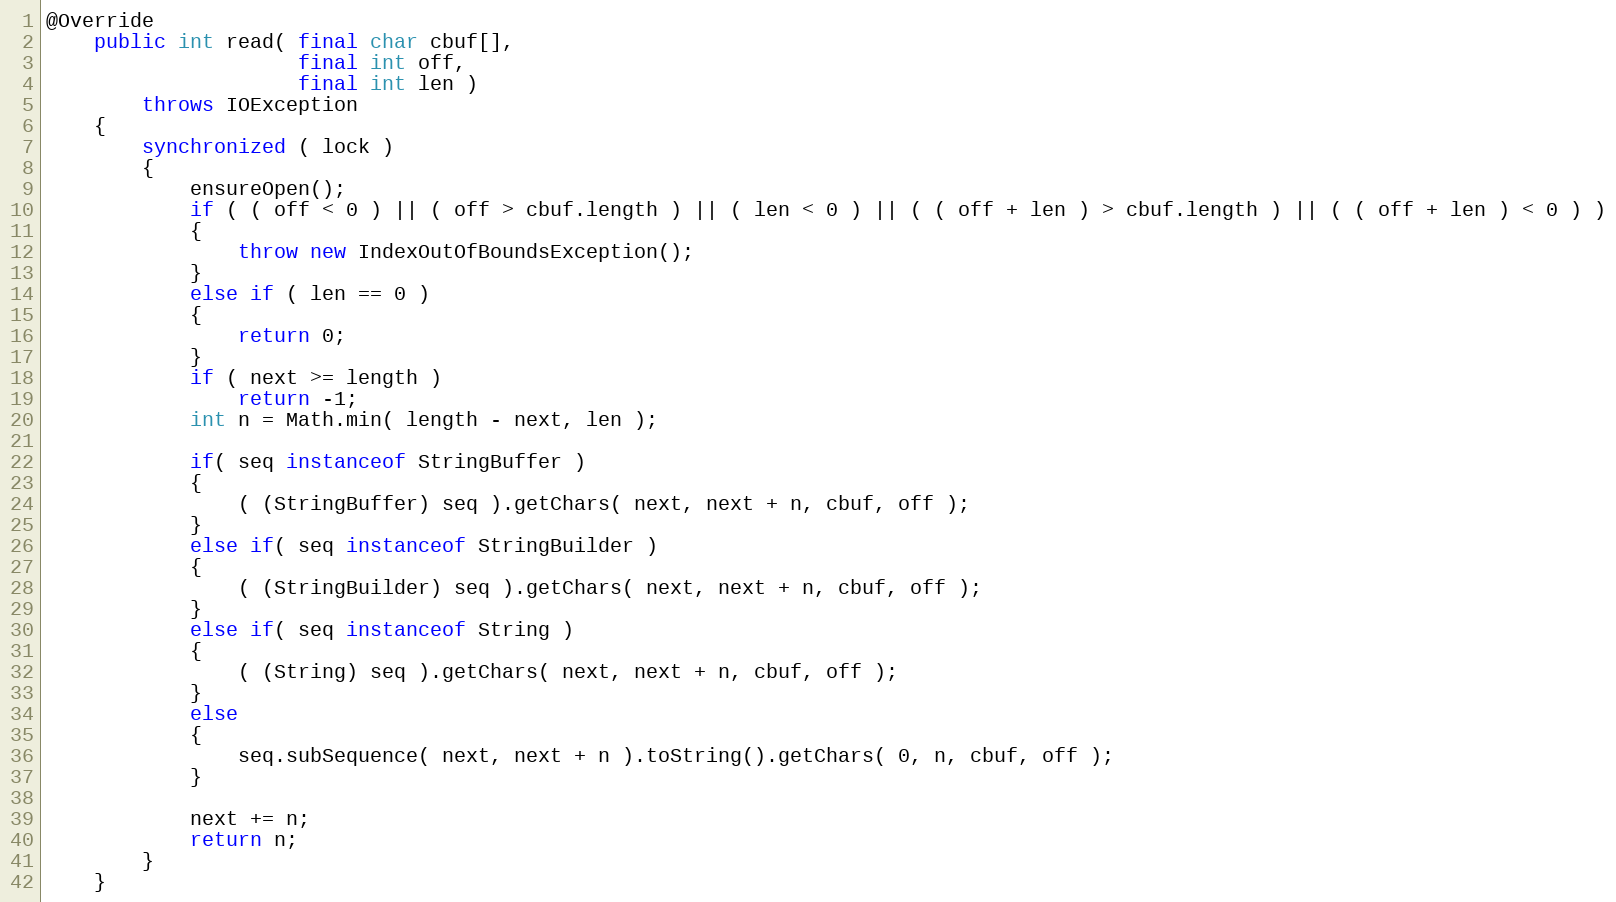
Language: Java
@Override
    public int read( final char cbuf[],
                     final int off,
                     final int len )
        throws IOException
    {
        synchronized ( lock )
        {
            ensureOpen();
            if ( ( off < 0 ) || ( off > cbuf.length ) || ( len < 0 ) || ( ( off + len ) > cbuf.length ) || ( ( off + len ) < 0 ) )
            {
                throw new IndexOutOfBoundsException();
            }
            else if ( len == 0 )
            {
                return 0;
            }
            if ( next >= length )
                return -1;
            int n = Math.min( length - next, len );

            if( seq instanceof StringBuffer )
            {
                ( (StringBuffer) seq ).getChars( next, next + n, cbuf, off );
            }
            else if( seq instanceof StringBuilder )
            {
                ( (StringBuilder) seq ).getChars( next, next + n, cbuf, off );
            }
            else if( seq instanceof String )
            {
                ( (String) seq ).getChars( next, next + n, cbuf, off );
            }
            else
            {
                seq.subSequence( next, next + n ).toString().getChars( 0, n, cbuf, off );
            }

            next += n;
            return n;
        }
    }